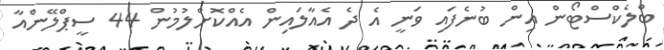
ބްލެކްސްޓޯން އިން ބުނެފައި ވަނީ އެ ދެ އެއާލައިން އެއްކޮށްލުމުން 44 ސީޕްލޭންއާ